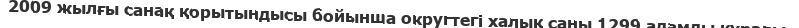
2009 жылғы санақ қорытындысы бойынша округтегі халық саны 1299 адамды құрады.